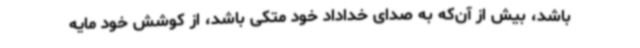
باشد، بیش از آن‌که به صدای خداداد خود متکی باشد، از کوشش خود مایه